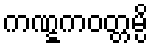
ကဏ္ဋကဝတ္တမ္ပိ